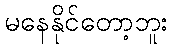
မနေနိုင်တော့ဘူး